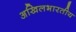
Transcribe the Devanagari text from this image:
अखिलभारतीय